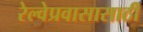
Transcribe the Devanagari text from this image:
रेल्वेप्रवासासाठी